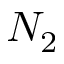
N _ { 2 }